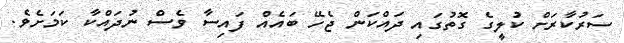
ސަރުކާރަށް ކުލީގެ ގޮތުގައި ދައްކަން ޖެހޭ ބައެއް ފައިސާ ވެސް ނުދައްކާ ކަމަށެވެ.